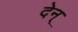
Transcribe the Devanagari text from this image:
देन्